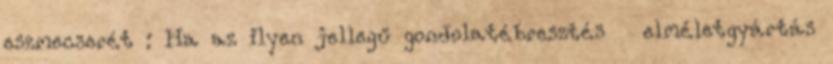
eszmecserét : Ha az ilyen jellegű gondolatébresztés elméletgyártás